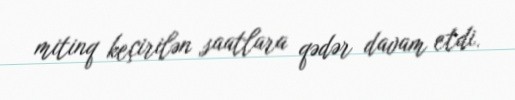
mitinq keçirilən saatlara qədər davam etdi.